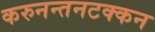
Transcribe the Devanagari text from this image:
करुनन्तनटक्कन